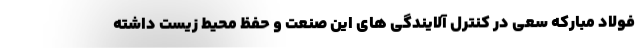
فولاد مبارکه سعی در کنترل آلایندگی های این صنعت و حفظ محیط زیست داشته